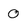
Character: 0